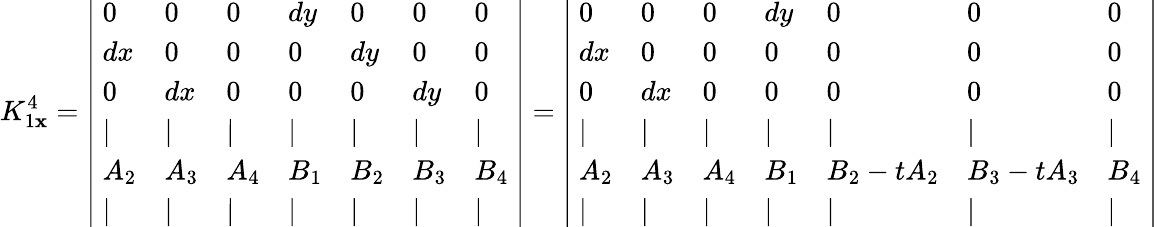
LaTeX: K_{1\mathbf{x}}^{4}=\left|\begin{array}{lllllll}{~0}&{0}&{0}&{dy}&{0}&{0}&{0~}\\ {~dx}&{0}&{0}&{0}&{dy}&{0}&{0~}\\ {~0}&{dx}&{0}&{0}&{0}&{dy}&{0~}\\ {~|}&{|}&{|}&{|}&{|}&{|}&{|~}\\ {~A_{2}}&{A_{3}}&{A_{4}}&{B_{1}}&{B_{2}}&{B_{3}}&{B_{4}~}\\ {~|}&{|}&{|}&{|}&{|}&{|}&{|~}\end{array}\right|=\left|\begin{array}{lllllll}{~0}&{0}&{0}&{dy}&{0}&{0}&{0~}\\ {~dx}&{0}&{0}&{0}&{0}&{0}&{0~}\\ {~0}&{dx}&{0}&{0}&{0}&{0}&{0~}\\ {~|}&{|}&{|}&{|}&{|}&{|}&{|~}\\ {~A_{2}}&{A_{3}}&{A_{4}}&{B_{1}}&{B_{2}-tA_{2}}&{B_{3}-tA_{3}}&{B_{4}~}\\ {~|}&{|}&{|}&{|}&{|}&{|}&{|~}\end{array}\right|